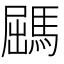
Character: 𩣹